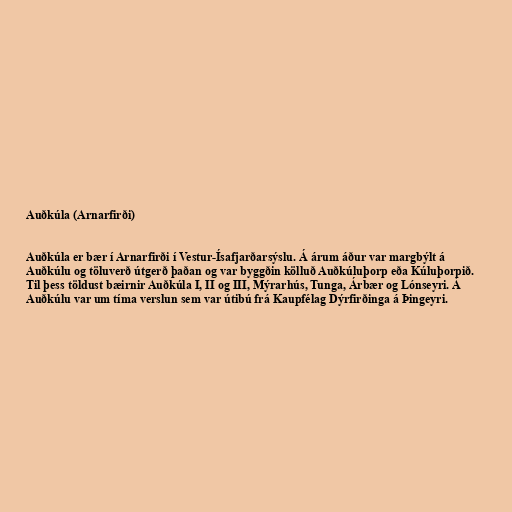
Auðkúla (Arnarfirði)

Auðkúla er bær í Arnarfirði í Vestur-Ísafjarðarsýslu. Á árum áður var margbýlt á
Auðkúlu og töluverð útgerð þaðan og var byggðin kölluð Auðkúluþorp eða Kúluþorpið.
Til þess töldust bæirnir Auðkúla I, II og III, Mýrarhús, Tunga, Árbær og Lónseyri. Á
Auðkúlu var um tíma verslun sem var útibú frá Kaupfélag Dýrfirðinga á Þingeyri.